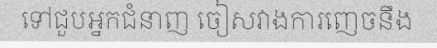
ទៅជួបអ្នកជំនាញ ចៀសវាងការញេចនឹង